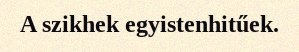
A szikhek egyistenhitűek.